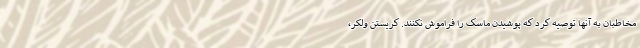
مخاطبان به آنها توصیه کرد که پوشیدن ماسک را فراموش نکنند. کریستن ولکر،